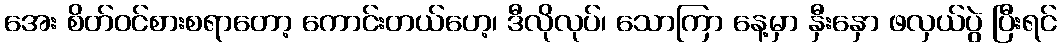
အေး စိတ်ဝင်စားစရာတော့ ကောင်းတယ်ဟေ့၊ ဒီလိုလုပ်၊ သောကြာ နေ့မှာ နှီးနှော ဖလှယ်ပွဲ ပြီးရင်